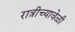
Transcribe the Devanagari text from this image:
रात्रीच्यावेळी